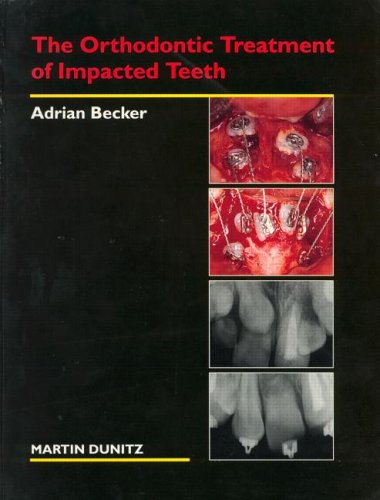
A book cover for The Orthodontic Treatment of Impacted Teeth; Adrian Becker; Medical Books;